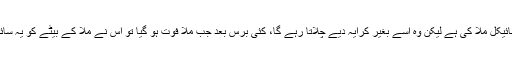
فیصلہ یہ ہوا کہ سائیکل ملّا کی ہے لیکن وہ اسے بغیر کرایہ دیے چلاتا رہے گا، کئی برس بعد جب ملّا فوت ہو گیا تو اس نے ملّا کے بیٹے کو یہ سائیکل واپس کر دی۔